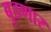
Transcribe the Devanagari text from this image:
बुडणार